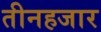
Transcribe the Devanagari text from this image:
तीनहजार